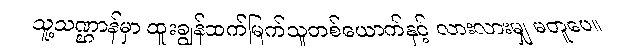
သူ့သဏ္ဌာန်မှာ ထူးချွန်ထက်မြက်သူတစ်ယောက်နှင့် လားလားမျှ မတူပေ။